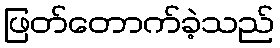
ဖြတ်တောက်ခဲ့သည်